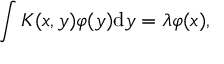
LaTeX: \int K ( x , y ) \varphi ( y ) \mathrm { d } y = \lambda \varphi ( x ) ,